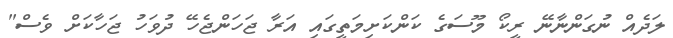
ލަދެއް ނުގަންނާނޭ ރީކޯ މޫސަގެ ކަންކަށިމަތީގައި އަރާ ޖަހަންޖެހޭ ދުވަހު ޖަހާކަށް ވެސް"